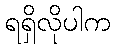
ရရှိလိုပါက